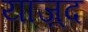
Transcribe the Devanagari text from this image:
याज़्द